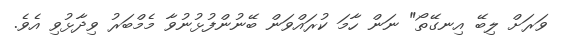
ވަރަށް ލިބޭ އިނގޭތޯ" ނަން ހާމަ ކުރައްވަން ބޭނުންފުޅުނުވާ މެމްބަރު ވިދާޅުވި އެވެ.